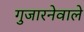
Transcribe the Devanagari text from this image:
गुजारनेवाले